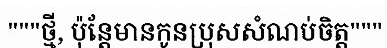
"""ថ្មី, ប៉ុន្តែមានកូនប្រុសសំណប់ចិត្ត"""